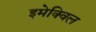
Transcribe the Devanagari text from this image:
इमेक्विल